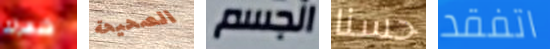
شعرك الصحيحة الجسم حسنا اتفقد